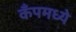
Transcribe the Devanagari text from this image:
कँपमध्ये